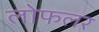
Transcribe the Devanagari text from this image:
लोफलर